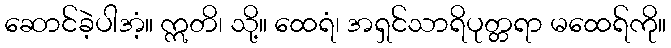
ဆောင်ခဲ့ပါအံ့။ ဣတိ၊ သို့။ ထေရံ၊ အရှင်သာရိပုတ္တရာ မထေရ်ကို။